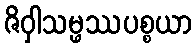
ဇိဝှါသမ္ဖဿပစ္စယာ